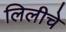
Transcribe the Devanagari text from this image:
लिलीचे